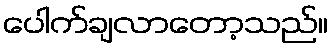
ပေါက်ချလာတော့သည်။